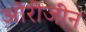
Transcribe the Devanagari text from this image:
ओरीजीन